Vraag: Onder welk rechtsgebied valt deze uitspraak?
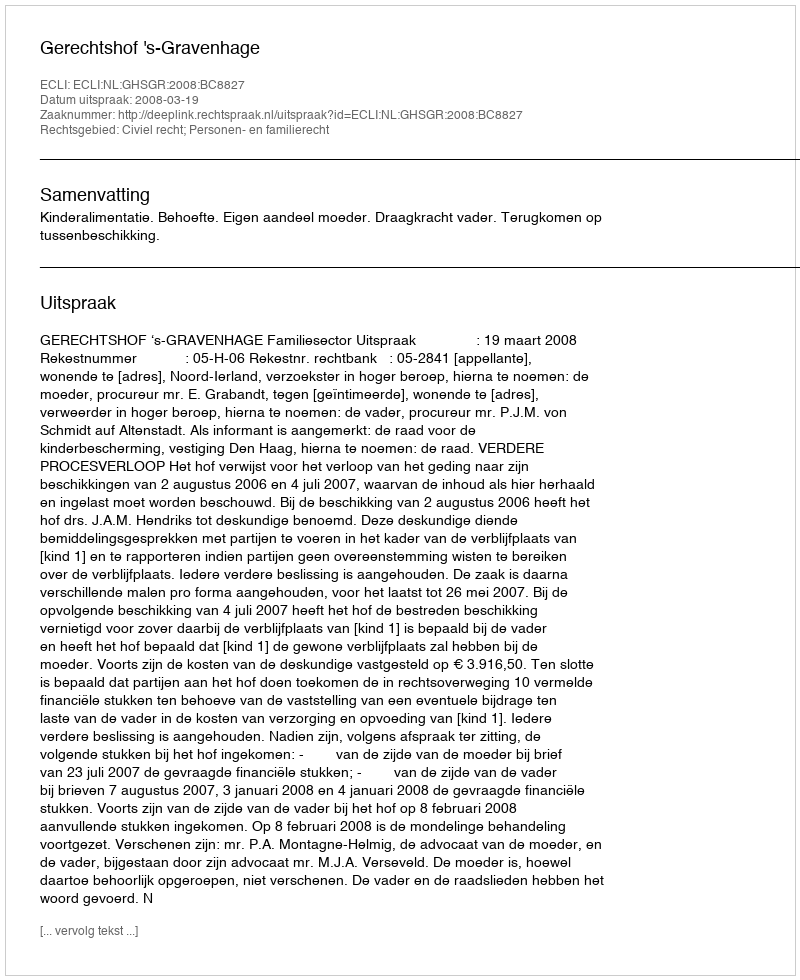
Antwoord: Civiel recht; Personen- en familierecht